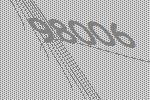
98006